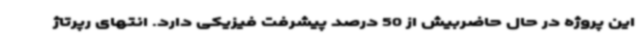
این پروژه در حال حاضربیش از 50 درصد پیشرفت فیزیکی دارد. انتهای رپرتاژ